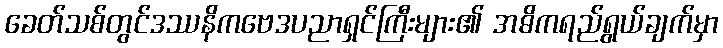
ခေတ်သစ်တွင်ဒဿနိကဗေဒပညာရှင်ကြီးများ၏ အဓိကရည်ရွယ်ချက်မှာ